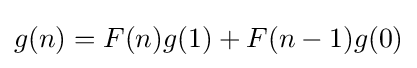
g(n)=F(n)g(1)+F(n-1)g(0)